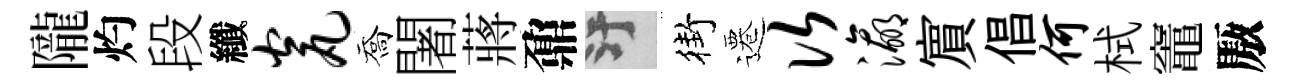
隴灼段纖瓮喬闍蔣鼐污街遷次瀛賔倡何栻竈厫